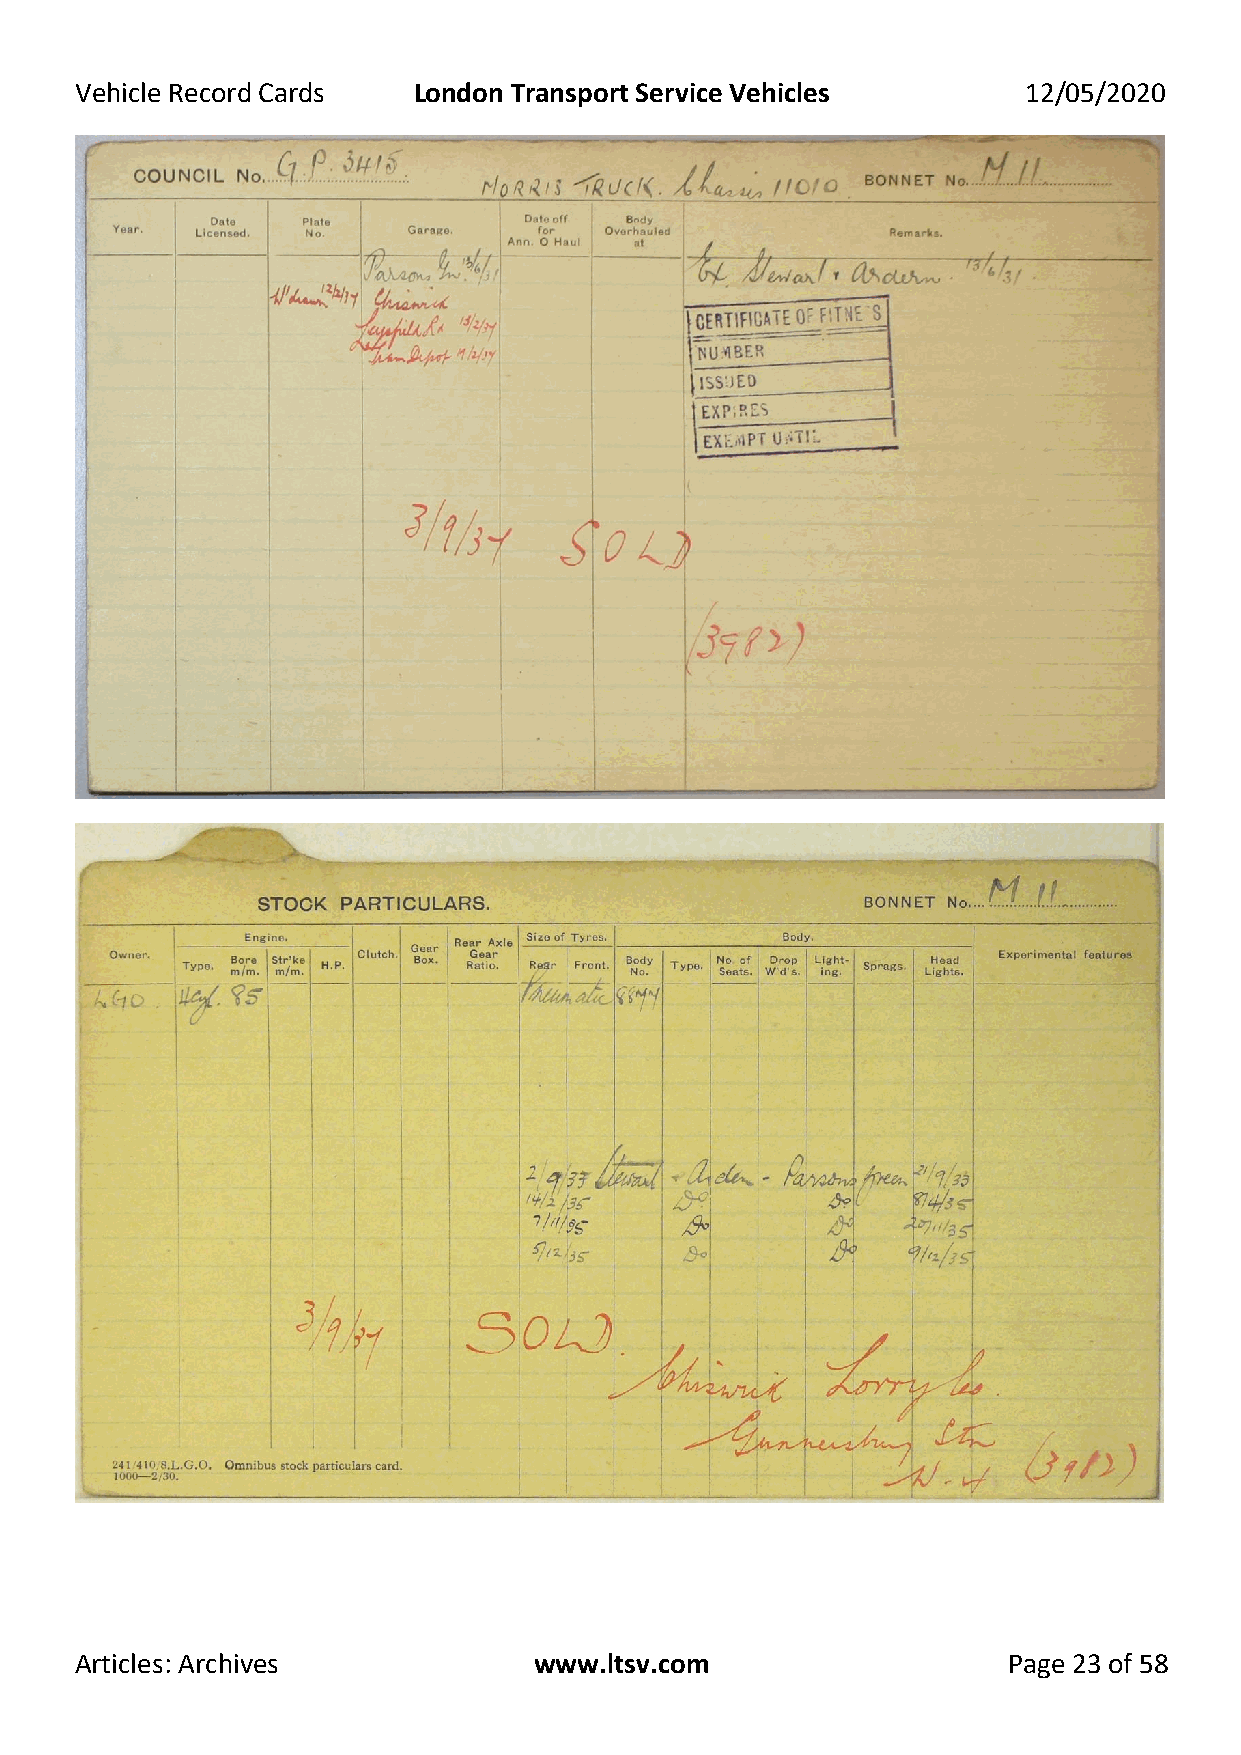
Vehicle Record Cards  London Transport Service Vehicles        12/05/2020
 Articles: Archives            www.ltsv.com                    Page 23 of 58